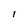
Character: l